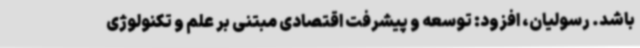
باشد. رسولیان، افزود: توسعه و پیشرفت اقتصادی مبتنی بر علم و تکنولوژی